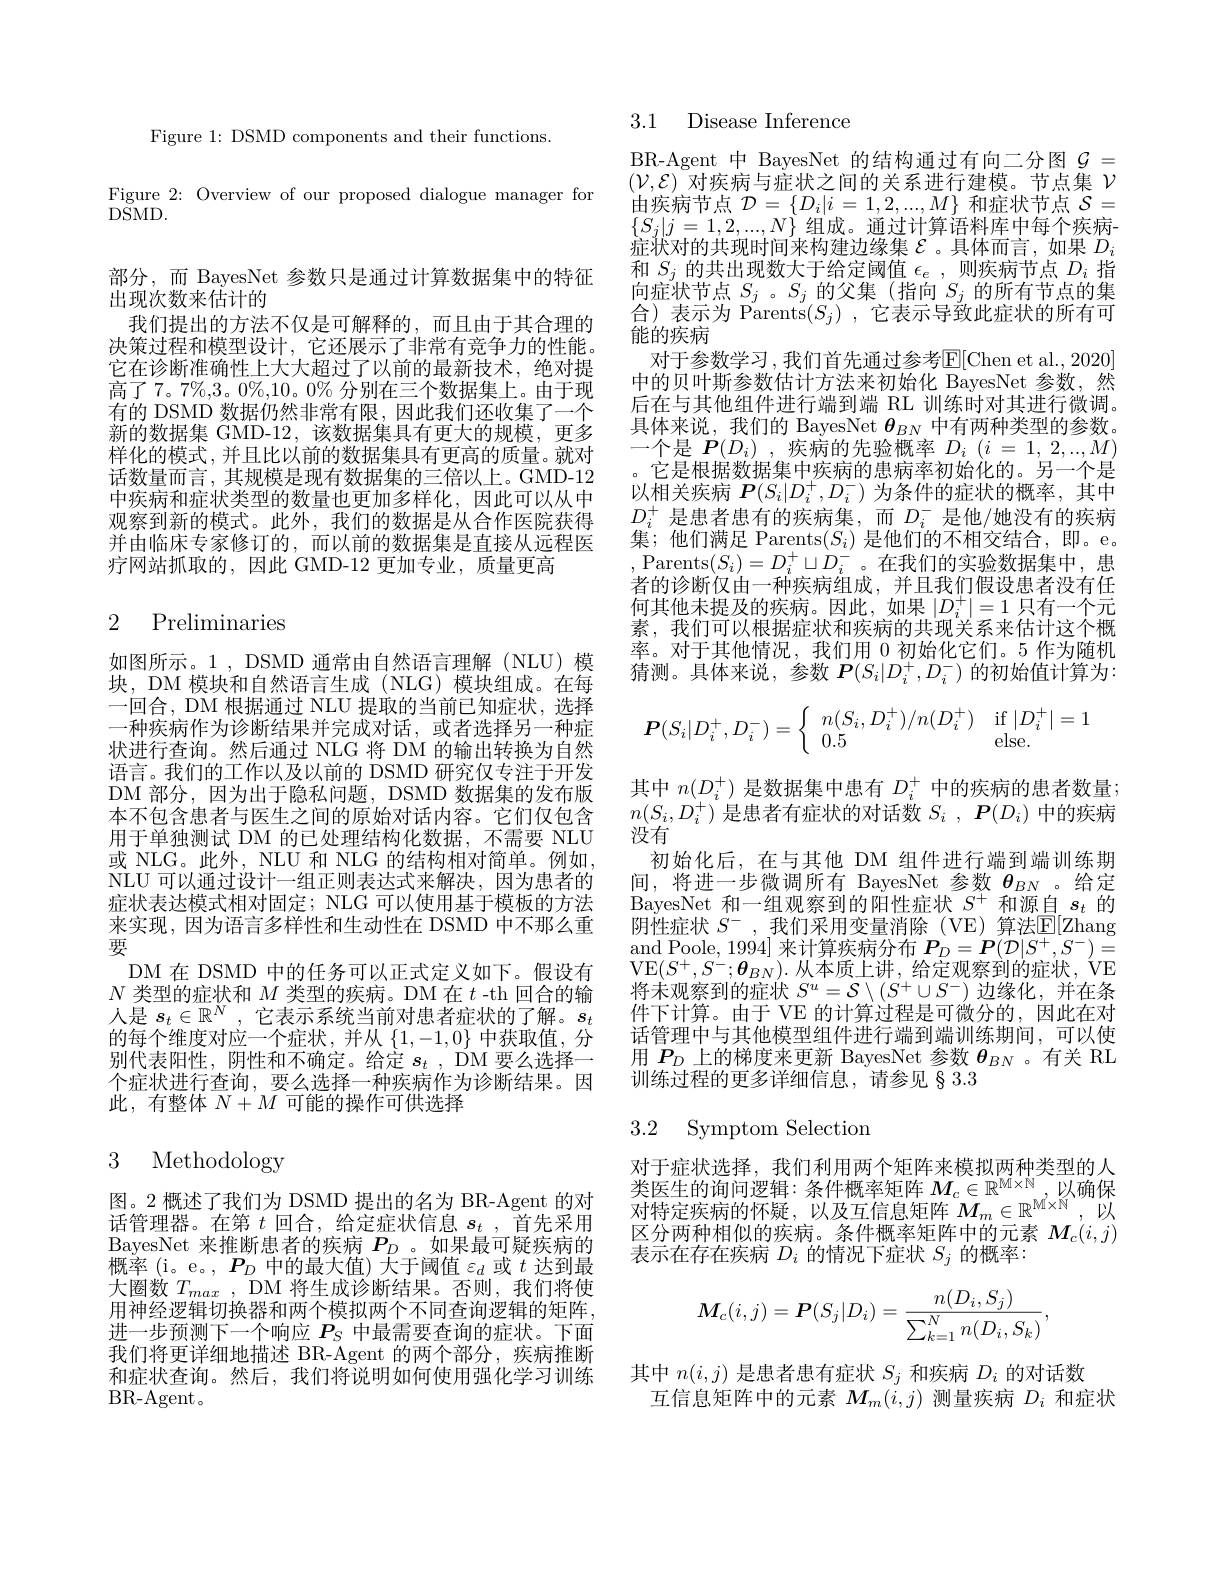
Figure 1: DSMD components and their functions.

Figure 2: Overview of our proposed dialogue manager for
$\bar{\mathrm{DSMD}}.$

部分，而 BayesNet 参数只是通过计算数据集中的特征
出现次数来估计的
我们提出的方法不仅是可解释的，而且由于其合理的决策过程和模型设计，它还展示了非常有竞争力的性能。它在诊断准确性上大大超过了以前的最新技术，绝对提高了 7。7%,3。0%,10。0% 分别在三个数据集上。由于现有的 DSMD 数据仍然非常有限，因此我们还收集了一个新的数据集 GMD-12,该数据集具有更大的规模，更多样化的模式，并且比以前的数据集具有更高的质量。就对话数量而言，其规模是现有数据集的三倍以上。GMD-12中疾病和症状类型的数量也更加多样化，因此可以从中观察到新的模式。此外，我们的数据是从合作医院获得并由临床专家修订的，而以前的数据集是直接从远程医疗网站抓取的，因此 GMD-12 更加专业，质量更高

### 2 Preliminaries

如图所示。1 , DSMD 通常由自然语言理解 (NLU) 模块，DM 模块和自然语言生成 (NLG) 模块组成。在每一回合，DM 根据通过 NLU 提取的当前已知症状，选择一种疾病作为诊断结果并完成对话，或者选择另一种症状进行查询。然后通过 NLG 将 DM 的输出转换为自然语言。我们的工作以及以前的 DSMD 研究仅专注于开发DM 部分，因为出于隐私问题，DSMD 数据集的发布版本不包含患者与医生之间的原始对话内容。它们仅包含用于单独测试 DM 的已处理结构化数据，不需要 NLU 或 NLG。此外，NLU 和 NLG 的结构相对简单。例如， NLU 可以通过设计一组正则表达式来解决，因为患者的症状表达模式相对固定；NLG 可以使用基于模板的方法来实现，因为语言多样性和生动性在 DSMD 中不那么重要
DM 在 DSMD 中的任务可以正式定义如下。假设有$N$类型的症状和$M$类型的疾病。DM 在$t$ -th 回合的输人是$s_t\in\mathbb{R}^N$,它表示系统当前对患者症状的了解。$s_t$ 的每个维度对应一个症状，并从$\{1,-1,0\}$中获取值，分别代表阳性，阴性和不确定。给定 $s_t$ , DM 要么选择一个症状进行查询，要么选择一种疾病作为诊断结果。因此，有整体$N+M$可能的操作可供选择

## 3 Methodology

图。2 概述了我们为 DSMD 提出的名为 BR-Agent 的对话管理器。在第$t$回合，给定症状信息$s_t$ ,首先采用BayesNet 来推断患者的疾病$P_D$ 。如果最可疑疾病的概率 (i。e。, $P_D$中的最大值) 大于阈值$\varepsilon_d$或$t$达到最大圈数$T_{max}$, DM 将生成诊断结果。否则，我们将使用神经逻辑切换器和两个模拟两个不同查询逻辑的矩阵， 进一步预测下一个响应$P_S$中最需要查询的症状。下面我们将更详细地描述 BR-Agent 的两个部分，疾病推断和症状查询。然后，我们将说明如何使用强化学习训练BR-Agent。

3.1 Disease Inference

BR-Agent 中 BayesNet 的结构通过有向二分图$\mathcal{G}=$ $(\mathcal{V},\mathcal{E})$对疾病与症状之间的关系进行建模。节点集$\mathcal{V}$ 由疾病节点$\mathcal{D}=\{D_i|i=1,2,...,M\}$和症状节点$\mathcal{S}=$ $\{S_{j}|j=1,2,...,N\}$组成。通过计算语料库中每个疾病症 状 对 的 共 现 时 间 来 构 建 边 缘 集 $\mathcal{E}$。具 体 而 言 , 如 果 $D_i$ 和 $S_j$ 的 共 出 现 数 大 于 给 定 阈 值 $\epsilon _e$ , 则 疾 病 节 点 $D_i$ 指向症状节点$S_j$ 。$S_j$的父集 (指向$S_j$的所有节点的集合) 表示为 Parents$(S_j)$ ,它表示导致此症状的所有可能的疾病
对于参数学习，我们首先通过参考$\overline{\mathbb{E}}[$Chen et al., 2020] 中的贝叶斯参数估计方法来初始化 BayesNet 参数，然后在与其他组件进行端到端 RL 训练时对其进行微调。具体来说，我们的 BayesNet $\boldsymbol{\theta}_{BN}$中有两种类型的参数。一个是$\boldsymbol P(D_i)$ ,疾病的先验概率$D_i(i=1,2,..,M)$ 。它是根据数据集中疾病的患病率初始化的。另一个是以相关疾病$P(S_i|D_i^+,D_i^-)$为条件的症状的概率，其中$D_i^+$是患者患有的疾病集，而$D_i^-$是他/她没有的疾病集；他们满足 Parents$(S_i)$是他们的不相交结合，即。e。,Parents$(S_i)=D_i^+\sqcup D_i^-$。在我们的实验数据集中，患者的诊断仅由一种疾病组成，并且我们假设患者没有任何其他未提及的疾病。因此，如果$|D_i^+|=1$只有一个元素，我们可以根据症状和疾病的共现关系来估计这个概率。对于其他情况，我们用 0 初始化它们。5 作为随机猜测。具体来说，参数$P(S_i|D_i^+,D_i^-)$的初始值计算为：
$$\boldsymbol{P}(S_i|D_i^+,D_i^-)=\left\{\begin{array}{ll}n(S_i,D_i^+)/n(D_i^+)&\text{if}\:|D_i^+|=1\\0.5&\text{else.}\end{array}\right.$$
其中$n(D_i^+)$是数据集中患有$D_i^+$中的疾病的患者数量； $n(S_i,D_i^+)$是患者有症状的对话数$S_i$ , $\boldsymbol{P}( D_i)$中的疾病没有
初始化后，在与其他 DM 组件进行端到端训练期间，将进一步微调所有 BayesNet 参数$\theta_{BN}$ 。给定BayesNet 和一组观察到的阳性症状$S^+$和源自$s_t$的阴性症状 $S^-$, 我们采用变量消除(VE)算法$\mathbb{E}[$Zhang and Poole, 1994] 来计算疾病分布$P_D=\boldsymbol{P}(\mathcal{D}|S^+,S^-)=$ VE$(S^{+},S^{-};\boldsymbol{\theta}_{BN}).$从本质上讲，给定观察到的症状，ÚE 将未观察到的症状$S^u=\mathcal{S}\setminus(S^+\cup S^-)$边缘化，并在条件下计算。由于 VE 的计算过程是可微分的，因此在对话管理中与其他模型组件进行端到端训练期间，可以使用$P_D$上的梯度来更新 BayesNet 参数$\theta_{BN}$ 。有关 RL 训练过程的更多详细信息，请参见§3.3
3.2 Symptom Selection

对于症状选择，我们利用两个矩阵来模拟两种类型的人类 医 生 的 询 问 逻 辑 : 条 件 概 率 矩 阵 $M_c\in \mathbb{R} ^{\mathrm{Mi}\times \mathbb{N} }$以 确 保 对 特 定 疾 病 的 怀 疑 , 以 及 互 信 息 矩 阵 $M_m\in \mathbb{R} ^{\mathrm{Mi}\times \mathbb{N} }$,以 可 八 垂 种 出 似 的 应 产表示在存在疾病$D_i$的情况下症状$S_j$的概率：
$$\boldsymbol{M}_{c}(i,j)=\boldsymbol{P}(S_{j}|D_{i})=\frac{n(D_{i},S_{j})}{\sum_{k=1}^{N}n(D_{i},S_{k})},$$
其中$n(i,j)$是患者患有症状$S_j$和疾病$D_i$的对话数
互信息矩阵中的元素$M_m(i,j)$测量疾病$D_i$和症状